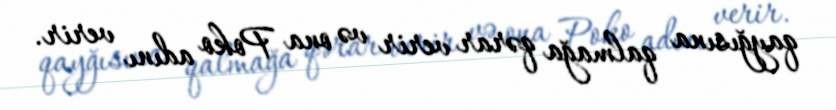
qayğısına qalmağa qərar verir və ona Poko adını verir.